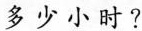
多少小时?